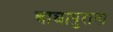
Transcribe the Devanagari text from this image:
बाघापुराना